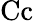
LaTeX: \mathrm{Cc}